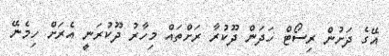
އޭގެ ދަށުން ރިސޯޓް ހަދަން ދޫކުރާ ރަށްތައް މިހާރު ދޫކުރަނީ އެރަށް ހިމެނޭ